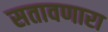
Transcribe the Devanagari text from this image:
सतावणारा